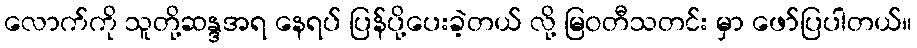
လောက်ကို သူတို့ဆန္ဒအရ နေရပ် ပြန်ပို့ပေးခဲ့တယ် လို့ မြဝတီသတင်း မှာ ဖော်ပြပါတယ်။